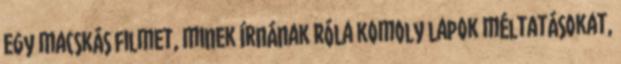
egy macskás filmet, minek írnának róla komoly lapok méltatásokat,